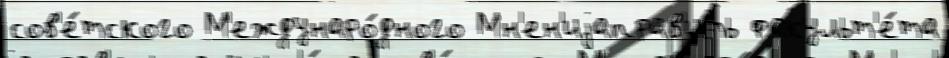
сов'е́тского М'еждунаро́дного Мн'ен'иjаправ'ить факульт'е́та